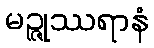
မဉ္ဇုဿရာနံ